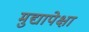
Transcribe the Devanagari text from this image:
मुद्यापेक्षा